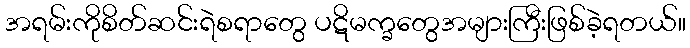
အရမ်းကိုစိတ်ဆင်းရဲစရာတွေ ပဋိမက္ခတွေအများကြီးဖြစ်ခဲ့ရတယ်။